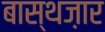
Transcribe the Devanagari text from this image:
बास्थज़ार